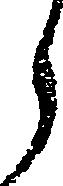
う